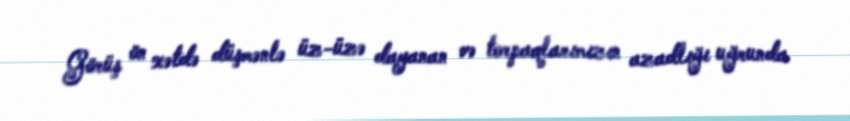
Görüş ön xətdə düşmənlə üz-üzə dayanan və torpaqlarımızın azadlığı uğrunda